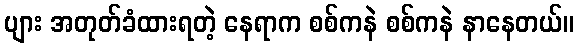
ပျား အတုတ်ခံထားရတဲ့ နေရာက စစ်ကနဲ စစ်ကနဲ နာနေတယ်။